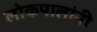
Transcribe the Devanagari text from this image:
लोकपालांनी